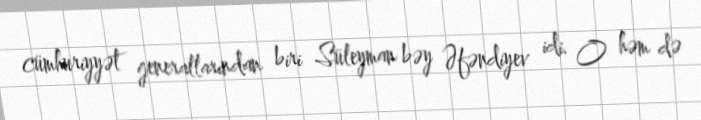
cümhuriyyət generallarından biri Süleyman bəy Əfəndiyev idi. O həm də